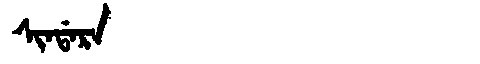
Manchu: ᠰᡳᠨᡩᠠᡵᠠ
Romanization: SINDARA